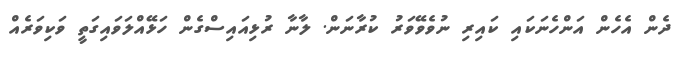
ދެން އެހެން އަންހެނަކައި ކައިރި ނުވެވޭވަރު ކުރާނަން. ލާނާ ރުޅިއައިސްގެން ހަޅޭއްލަވައިގަތީ ވަކިވަރެއް